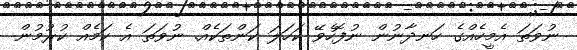
ނުވަތަ އެމީހެއްގެ ހަނދާނުން ނުފޮހެވޭ ކަހަލަ ކަންތަކެއް. ނުވަތަ އެ ކަމެއް ކުރުމުން